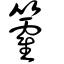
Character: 籗